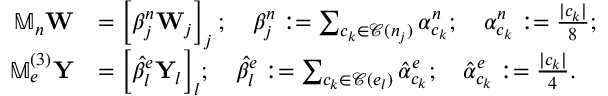
\begin{array} { r l } { \mathbb { M } _ { n } \mathbf { W } } & { = \left[ \beta _ { j } ^ { n } \mathbf { W } _ { j } \right] _ { j } ; \quad \beta _ { j } ^ { n } : = \sum _ { c _ { k } \in \mathcal { C } ( n _ { j } ) } \alpha _ { c _ { k } } ^ { n } ; \quad \alpha _ { c _ { k } } ^ { n } : = \frac { | c _ { k } | } { 8 } ; } \\ { \mathbb { M } _ { e } ^ { ( 3 ) } \mathbf { Y } } & { = { \Big [ } \hat { \beta } _ { l } ^ { e } \mathbf { Y } _ { l } { \Big ] } _ { l } ; \quad \hat { \beta } _ { l } ^ { e } : = \sum _ { c _ { k } \in \mathcal { C } ( e _ { l } ) } \hat { \alpha } _ { c _ { k } } ^ { e } ; \quad \hat { \alpha } _ { c _ { k } } ^ { e } : = \frac { | c _ { k } | } { 4 } . } \end{array}